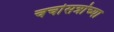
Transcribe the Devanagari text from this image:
चर्चासत्रांच्या